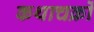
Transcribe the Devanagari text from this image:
कथाचक्रों